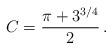
LaTeX: \begin{align*}C = \frac{\pi+3^{3/4}}{2}\,.\end{align*}